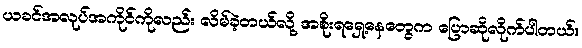
ယခင်အလုပ်အကိုင်ကိုလည်း လိမ်ခဲ့တယ်လို့ အစိုးရရှေ့နေတွေက ပြောဆိုလိုက်ပါတယ်။